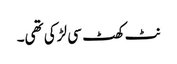
نٹ کھٹ سی لڑکی تھی۔